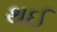
થઈ